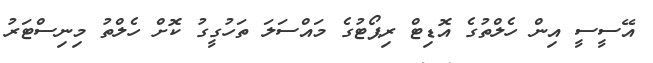
އޭސީސީ އިން ހެލްތުގެ އޮޑިޓް ރިޕޯޓުގެ މައްސަލަ ތަހުގީގު ކޮށް ހެލްތު މިނިސްޓަރު